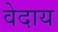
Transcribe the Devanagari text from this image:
वेदाय